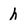
Character: h